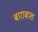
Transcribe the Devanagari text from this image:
बाराबाश